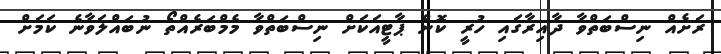
ރަށެއް ނިސްބަތްވާ ދާއިރާގައި ހުރީ ކޮން ޕާޓީއަކަށް ނިސްބަތްވާ މެމްބަރެއްތޯ ނުބައްލަވާނެ ކަމަށް